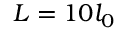
L = 1 0 l _ { 0 }